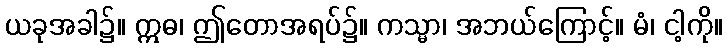
ယခုအခါ၌။ ဣဓ၊ ဤတောအရပ်၌။ ကသ္မာ၊ အဘယ်ကြောင့်။ မံ၊ ငါ့ကို။